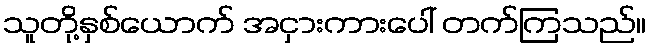
သူတို့နှစ်ယောက် အငှားကားပေါ် တက်ကြသည်။